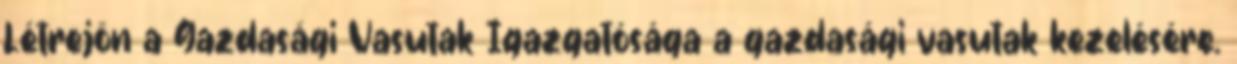
Létrejön a Gazdasági Vasutak Igazgatósága a gazdasági vasutak kezelésére.